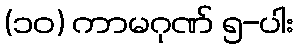
(၁၀) ကာမဂုဏ် ၅-ပါး